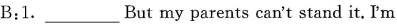
B:1.___But my parents can't stand it. I'm